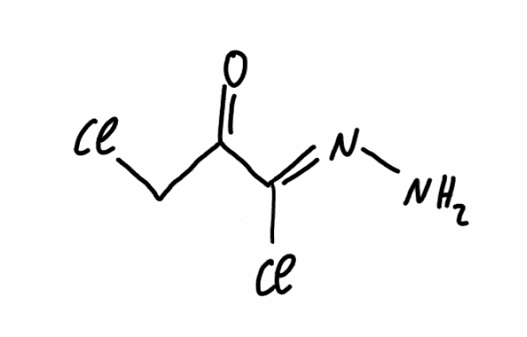
Simplified molecular-input line-entry system (SMILES) notation of the given molecule:
C(C(=O)/C(=N/N)/Cl)Cl